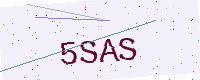
Text: 5SAS